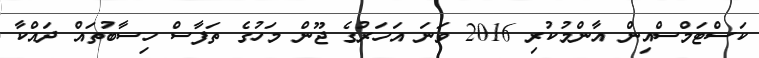
ކަސްޓަމްސްއިން އާންމުކުރި 2016 ވަނަ އަހަރުގެ ޖޫން މަހުގެ ތަފާސް ހިސާބުތައް ދައްކާ